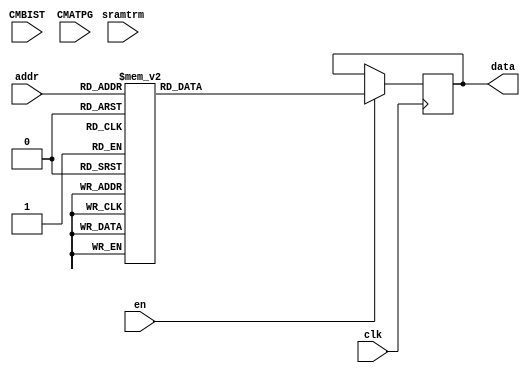

`resetall
`timescale 1ns / 1ps
`default_nettype none

module memory_AesZknPlugin_rom_storage_Rom_1rs #(
    parameter wordCount = 512,
    parameter wordWidth = 32,
    parameter technology = "auto", // not used
    parameter addrWidth = $clog2(wordCount)
)
(
    input  wire                             clk,
    input  wire                             en,
    input  wire [addrWidth - 1:0]           addr,
    output reg  [wordWidth - 1:0]           data,
    input  wire                             CMBIST, // dummy pins for test insertion
    input  wire                             CMATPG, // dummy pins for test insertion
    input  wire [2:0]                       sramtrm // dummy pins for SRAM trim
);

always @(posedge clk) begin
    if (en) begin
        case (addr)
            'd0: data <= 32'b01010010101001011100011001100011;
            'd1: data <= 32'b00001001100001001111100001111100;
            'd2: data <= 32'b01101010100110011110111001110111;
            'd3: data <= 32'b11010101100011011111011001111011;
            'd4: data <= 32'b00110000000011011111111111110010;
            'd5: data <= 32'b00110110101111011101011001101011;
            'd6: data <= 32'b10100101101100011101111001101111;
            'd7: data <= 32'b00111000010101001001000111000101;
            'd8: data <= 32'b10111111010100000110000000110000;
            'd9: data <= 32'b01000000000000110000001000000001;
            'd10: data <= 32'b10100011101010011100111001100111;
            'd11: data <= 32'b10011110011111010101011000101011;
            'd12: data <= 32'b10000001000110011110011111111110;
            'd13: data <= 32'b11110011011000101011010111010111;
            'd14: data <= 32'b11010111111001100100110110101011;
            'd15: data <= 32'b11111011100110101110110001110110;
            'd16: data <= 32'b01111100010001011000111111001010;
            'd17: data <= 32'b11100011100111010001111110000010;
            'd18: data <= 32'b00111001010000001000100111001001;
            'd19: data <= 32'b10000010100001111111101001111101;
            'd20: data <= 32'b10011011000101011110111111111010;
            'd21: data <= 32'b00101111111010111011001001011001;
            'd22: data <= 32'b11111111110010011000111001000111;
            'd23: data <= 32'b10000111000010111111101111110000;
            'd24: data <= 32'b00110100111011000100000110101101;
            'd25: data <= 32'b10001110011001111011001111010100;
            'd26: data <= 32'b01000011111111010101111110100010;
            'd27: data <= 32'b01000100111010100100010110101111;
            'd28: data <= 32'b11000100101111110010001110011100;
            'd29: data <= 32'b11011110111101110101001110100100;
            'd30: data <= 32'b11101001100101101110010001110010;
            'd31: data <= 32'b11001011010110111001101111000000;
            'd32: data <= 32'b01010100110000100111010110110111;
            'd33: data <= 32'b01111011000111001110000111111101;
            'd34: data <= 32'b10010100101011100011110110010011;
            'd35: data <= 32'b00110010011010100100110000100110;
            'd36: data <= 32'b10100110010110100110110000110110;
            'd37: data <= 32'b11000010010000010111111000111111;
            'd38: data <= 32'b00100011000000101111010111110111;
            'd39: data <= 32'b00111101010011111000001111001100;
            'd40: data <= 32'b11101110010111000110100000110100;
            'd41: data <= 32'b01001100111101000101000110100101;
            'd42: data <= 32'b10010101001101001101000111100101;
            'd43: data <= 32'b00001011000010001111100111110001;
            'd44: data <= 32'b01000010100100111110001001110001;
            'd45: data <= 32'b11111010011100111010101111011000;
            'd46: data <= 32'b11000011010100110110001000110001;
            'd47: data <= 32'b01001110001111110010101000010101;
            'd48: data <= 32'b00001000000011000000100000000100;
            'd49: data <= 32'b00101110010100101001010111000111;
            'd50: data <= 32'b10100001011001010100011000100011;
            'd51: data <= 32'b01100110010111101001110111000011;
            'd52: data <= 32'b00101000001010000011000000011000;
            'd53: data <= 32'b11011001101000010011011110010110;
            'd54: data <= 32'b00100100000011110000101000000101;
            'd55: data <= 32'b10110010101101010010111110011010;
            'd56: data <= 32'b01110110000010010000111000000111;
            'd57: data <= 32'b01011011001101100010010000010010;
            'd58: data <= 32'b10100010100110110001101110000000;
            'd59: data <= 32'b01001001001111011101111111100010;
            'd60: data <= 32'b01101101001001101100110111101011;
            'd61: data <= 32'b10001011011010010100111000100111;
            'd62: data <= 32'b11010001110011010111111110110010;
            'd63: data <= 32'b00100101100111111110101001110101;
            'd64: data <= 32'b01110010000110110001001000001001;
            'd65: data <= 32'b11111000100111100001110110000011;
            'd66: data <= 32'b11110110011101000101100000101100;
            'd67: data <= 32'b01100100001011100011010000011010;
            'd68: data <= 32'b10000110001011010011011000011011;
            'd69: data <= 32'b01101000101100101101110001101110;
            'd70: data <= 32'b10011000111011101011010001011010;
            'd71: data <= 32'b00010110111110110101101110100000;
            'd72: data <= 32'b11010100111101101010010001010010;
            'd73: data <= 32'b10100100010011010111011000111011;
            'd74: data <= 32'b01011100011000011011011111010110;
            'd75: data <= 32'b11001100110011100111110110110011;
            'd76: data <= 32'b01011101011110110101001000101001;
            'd77: data <= 32'b01100101001111101101110111100011;
            'd78: data <= 32'b10110110011100010101111000101111;
            'd79: data <= 32'b10010010100101110001001110000100;
            'd80: data <= 32'b01101100111101011010011001010011;
            'd81: data <= 32'b01110000011010001011100111010001;
            'd82: data <= 32'b01001000000000000000000000000000;
            'd83: data <= 32'b01010000001011001100000111101101;
            'd84: data <= 32'b11111101011000000100000000100000;
            'd85: data <= 32'b11101101000111111110001111111100;
            'd86: data <= 32'b10111001110010000111100110110001;
            'd87: data <= 32'b11011010111011011011011001011011;
            'd88: data <= 32'b01011110101111101101010001101010;
            'd89: data <= 32'b00010101010001101000110111001011;
            'd90: data <= 32'b01000110110110010110011110111110;
            'd91: data <= 32'b01010111010010110111001000111001;
            'd92: data <= 32'b10100111110111101001010001001010;
            'd93: data <= 32'b10001101110101001001100001001100;
            'd94: data <= 32'b10011101111010001011000001011000;
            'd95: data <= 32'b10000100010010101000010111001111;
            'd96: data <= 32'b10010000011010111011101111010000;
            'd97: data <= 32'b11011000001010101100010111101111;
            'd98: data <= 32'b10101011111001010100111110101010;
            'd99: data <= 32'b00000000000101101110110111111011;
            'd100: data <= 32'b10001100110001011000011001000011;
            'd101: data <= 32'b10111100110101111001101001001101;
            'd102: data <= 32'b11010011010101010110011000110011;
            'd103: data <= 32'b00001010100101000001000110000101;
            'd104: data <= 32'b11110111110011111000101001000101;
            'd105: data <= 32'b11100100000100001110100111111001;
            'd106: data <= 32'b01011000000001100000010000000010;
            'd107: data <= 32'b00000101100000011111111001111111;
            'd108: data <= 32'b10111000111100001010000001010000;
            'd109: data <= 32'b10110011010001000111100000111100;
            'd110: data <= 32'b01000101101110100010010110011111;
            'd111: data <= 32'b00000110111000110100101110101000;
            'd112: data <= 32'b11010000111100111010001001010001;
            'd113: data <= 32'b00101100111111100101110110100011;
            'd114: data <= 32'b00011110110000001000000001000000;
            'd115: data <= 32'b10001111100010100000010110001111;
            'd116: data <= 32'b11001010101011010011111110010010;
            'd117: data <= 32'b00111111101111000010000110011101;
            'd118: data <= 32'b00001111010010000111000000111000;
            'd119: data <= 32'b00000010000001001111000111110101;
            'd120: data <= 32'b11000001110111110110001110111100;
            'd121: data <= 32'b10101111110000010111011110110110;
            'd122: data <= 32'b10111101011101011010111111011010;
            'd123: data <= 32'b00000011011000110100001000100001;
            'd124: data <= 32'b00000001001100000010000000010000;
            'd125: data <= 32'b00010011000110101110010111111111;
            'd126: data <= 32'b10001010000011101111110111110011;
            'd127: data <= 32'b01101011011011011011111111010010;
            'd128: data <= 32'b00111010010011001000000111001101;
            'd129: data <= 32'b10010001000101000001100000001100;
            'd130: data <= 32'b00010001001101010010011000010011;
            'd131: data <= 32'b01000001001011111100001111101100;
            'd132: data <= 32'b01001111111000011011111001011111;
            'd133: data <= 32'b01100111101000100011010110010111;
            'd134: data <= 32'b11011100110011001000100001000100;
            'd135: data <= 32'b11101010001110010010111000010111;
            'd136: data <= 32'b10010111010101111001001111000100;
            'd137: data <= 32'b11110010111100100101010110100111;
            'd138: data <= 32'b11001111100000101111110001111110;
            'd139: data <= 32'b11001110010001110111101000111101;
            'd140: data <= 32'b11110000101011001100100001100100;
            'd141: data <= 32'b10110100111001111011101001011101;
            'd142: data <= 32'b11100110001010110011001000011001;
            'd143: data <= 32'b01110011100101011110011001110011;
            'd144: data <= 32'b10010110101000001100000001100000;
            'd145: data <= 32'b10101100100110000001100110000001;
            'd146: data <= 32'b01110100110100011001111001001111;
            'd147: data <= 32'b00100010011111111010001111011100;
            'd148: data <= 32'b11100111011001100100010000100010;
            'd149: data <= 32'b10101101011111100101010000101010;
            'd150: data <= 32'b00110101101010110011101110010000;
            'd151: data <= 32'b10000101100000110000101110001000;
            'd152: data <= 32'b11100010110010101000110001000110;
            'd153: data <= 32'b11111001001010011100011111101110;
            'd154: data <= 32'b00110111110100110110101110111000;
            'd155: data <= 32'b11101000001111000010100000010100;
            'd156: data <= 32'b00011100011110011010011111011110;
            'd157: data <= 32'b01110101111000101011110001011110;
            'd158: data <= 32'b11011111000111010001011000001011;
            'd159: data <= 32'b01101110011101101010110111011011;
            'd160: data <= 32'b01000111001110111101101111100000;
            'd161: data <= 32'b11110001010101100110010000110010;
            'd162: data <= 32'b00011010010011100111010000111010;
            'd163: data <= 32'b01110001000111100001010000001010;
            'd164: data <= 32'b00011101110110111001001001001001;
            'd165: data <= 32'b00101001000010100000110000000110;
            'd166: data <= 32'b11000101011011000100100000100100;
            'd167: data <= 32'b10001001111001001011100001011100;
            'd168: data <= 32'b01101111010111011001111111000010;
            'd169: data <= 32'b10110111011011101011110111010011;
            'd170: data <= 32'b01100010111011110100001110101100;
            'd171: data <= 32'b00001110101001101100010001100010;
            'd172: data <= 32'b10101010101010000011100110010001;
            'd173: data <= 32'b00011000101001000011000110010101;
            'd174: data <= 32'b10111110001101111101001111100100;
            'd175: data <= 32'b00011011100010111111001001111001;
            'd176: data <= 32'b11111100001100101101010111100111;
            'd177: data <= 32'b01010110010000111000101111001000;
            'd178: data <= 32'b00111110010110010110111000110111;
            'd179: data <= 32'b01001011101101111101101001101101;
            'd180: data <= 32'b11000110100011000000000110001101;
            'd181: data <= 32'b11010010011001001011000111010101;
            'd182: data <= 32'b01111001110100101001110001001110;
            'd183: data <= 32'b00100000111000000100100110101001;
            'd184: data <= 32'b10011010101101001101100001101100;
            'd185: data <= 32'b11011011111110101010110001010110;
            'd186: data <= 32'b11000000000001111111001111110100;
            'd187: data <= 32'b11111110001001011100111111101010;
            'd188: data <= 32'b01111000101011111100101001100101;
            'd189: data <= 32'b11001101100011101111010001111010;
            'd190: data <= 32'b01011010111010010100011110101110;
            'd191: data <= 32'b11110100000110000001000000001000;
            'd192: data <= 32'b00011111110101010110111110111010;
            'd193: data <= 32'b11011101100010001111000001111000;
            'd194: data <= 32'b10101000011011110100101000100101;
            'd195: data <= 32'b00110011011100100101110000101110;
            'd196: data <= 32'b10001000001001000011100000011100;
            'd197: data <= 32'b00000111111100010101011110100110;
            'd198: data <= 32'b11000111110001110111001110110100;
            'd199: data <= 32'b00110001010100011001011111000110;
            'd200: data <= 32'b10110001001000111100101111101000;
            'd201: data <= 32'b00010010011111001010000111011101;
            'd202: data <= 32'b00010000100111001110100001110100;
            'd203: data <= 32'b01011001001000010011111000011111;
            'd204: data <= 32'b00100111110111011001011001001011;
            'd205: data <= 32'b10000000110111000110000110111101;
            'd206: data <= 32'b11101100100001100000110110001011;
            'd207: data <= 32'b01011111100001010000111110001010;
            'd208: data <= 32'b01100000100100001110000001110000;
            'd209: data <= 32'b01010001010000100111110000111110;
            'd210: data <= 32'b01111111110001000111000110110101;
            'd211: data <= 32'b10101001101010101100110001100110;
            'd212: data <= 32'b00011001110110001001000001001000;
            'd213: data <= 32'b10110101000001010000011000000011;
            'd214: data <= 32'b01001010000000011111011111110110;
            'd215: data <= 32'b00001101000100100001110000001110;
            'd216: data <= 32'b00101101101000111100001001100001;
            'd217: data <= 32'b11100101010111110110101000110101;
            'd218: data <= 32'b01111010111110011010111001010111;
            'd219: data <= 32'b10011111110100000110100110111001;
            'd220: data <= 32'b10010011100100010001011110000110;
            'd221: data <= 32'b11001001010110001001100111000001;
            'd222: data <= 32'b10011100001001110011101000011101;
            'd223: data <= 32'b11101111101110010010011110011110;
            'd224: data <= 32'b10100000001110001101100111100001;
            'd225: data <= 32'b11100000000100111110101111111000;
            'd226: data <= 32'b00111011101100110010101110011000;
            'd227: data <= 32'b01001101001100110010001000010001;
            'd228: data <= 32'b10101110101110111101001001101001;
            'd229: data <= 32'b00101010011100001010100111011001;
            'd230: data <= 32'b11110101100010010000011110001110;
            'd231: data <= 32'b10110000101001110011001110010100;
            'd232: data <= 32'b11001000101101100010110110011011;
            'd233: data <= 32'b11101011001000100011110000011110;
            'd234: data <= 32'b10111011100100100001010110000111;
            'd235: data <= 32'b00111100001000001100100111101001;
            'd236: data <= 32'b10000011010010011000011111001110;
            'd237: data <= 32'b01010011111111111010101001010101;
            'd238: data <= 32'b10011001011110000101000000101000;
            'd239: data <= 32'b01100001011110101010010111011111;
            'd240: data <= 32'b00010111100011110000001110001100;
            'd241: data <= 32'b00101011111110000101100110100001;
            'd242: data <= 32'b00000100100000000000100110001001;
            'd243: data <= 32'b01111110000101110001101000001101;
            'd244: data <= 32'b10111010110110100110010110111111;
            'd245: data <= 32'b01110111001100011101011111100110;
            'd246: data <= 32'b11010110110001101000010001000010;
            'd247: data <= 32'b00100110101110001101000001101000;
            'd248: data <= 32'b11100001110000111000001001000001;
            'd249: data <= 32'b01101001101100000010100110011001;
            'd250: data <= 32'b00010100011101110101101000101101;
            'd251: data <= 32'b01100011000100010001111000001111;
            'd252: data <= 32'b01010101110010110111101110110000;
            'd253: data <= 32'b00100001111111001010100001010100;
            'd254: data <= 32'b00001100110101100110110110111011;
            'd255: data <= 32'b01111101001110100010110000010110;
            'd256: data <= 32'b01010000101001111111010001010001;
            'd257: data <= 32'b01010011011001010100000101111110;
            'd258: data <= 32'b11000011101001000001011100011010;
            'd259: data <= 32'b10010110010111100010011100111010;
            'd260: data <= 32'b11001011011010111010101100111011;
            'd261: data <= 32'b11110001010001011001110100011111;
            'd262: data <= 32'b10101011010110001111101010101100;
            'd263: data <= 32'b10010011000000111110001101001011;
            'd264: data <= 32'b01010101111110100011000000100000;
            'd265: data <= 32'b11110110011011010111011010101101;
            'd266: data <= 32'b10010001011101101100110010001000;
            'd267: data <= 32'b00100101010011000000001011110101;
            'd268: data <= 32'b11111100110101111110010101001111;
            'd269: data <= 32'b11010111110010110010101011000101;
            'd270: data <= 32'b10000000010001000011010100100110;
            'd271: data <= 32'b10001111101000110110001010110101;
            'd272: data <= 32'b01001001010110101011000111011110;
            'd273: data <= 32'b01100111000110111011101000100101;
            'd274: data <= 32'b10011000000011101110101001000101;
            'd275: data <= 32'b11100001110000001111111001011101;
            'd276: data <= 32'b00000010011101010010111111000011;
            'd277: data <= 32'b00010010111100000100110010000001;
            'd278: data <= 32'b10100011100101110100011010001101;
            'd279: data <= 32'b11000110111110011101001101101011;
            'd280: data <= 32'b11100111010111111000111100000011;
            'd281: data <= 32'b10010101100111001001001000010101;
            'd282: data <= 32'b11101011011110100110110110111111;
            'd283: data <= 32'b11011010010110010101001010010101;
            'd284: data <= 32'b00101101100000111011111011010100;
            'd285: data <= 32'b11010011001000010111010001011000;
            'd286: data <= 32'b00101001011010011110000001001001;
            'd287: data <= 32'b01000100110010001100100110001110;
            'd288: data <= 32'b01101010100010011100001001110101;
            'd289: data <= 32'b01111000011110011000111011110100;
            'd290: data <= 32'b01101011001111100101100010011001;
            'd291: data <= 32'b11011101011100011011100100100111;
            'd292: data <= 32'b10110110010011111110000110111110;
            'd293: data <= 32'b00010111101011011000100011110000;
            'd294: data <= 32'b01100110101011000010000011001001;
            'd295: data <= 32'b10110100001110101100111001111101;
            'd296: data <= 32'b00011000010010101101111101100011;
            'd297: data <= 32'b10000010001100010001101011100101;
            'd298: data <= 32'b01100000001100110101000110010111;
            'd299: data <= 32'b01000101011111110101001101100010;
            'd300: data <= 32'b11100000011101110110010010110001;
            'd301: data <= 32'b10000100101011100110101110111011;
            'd302: data <= 32'b00011100101000001000000111111110;
            'd303: data <= 32'b10010100001010110000100011111001;
            'd304: data <= 32'b01011000011010000100100001110000;
            'd305: data <= 32'b00011001111111010100010110001111;
            'd306: data <= 32'b10000111011011001101111010010100;
            'd307: data <= 32'b10110111111110000111101101010010;
            'd308: data <= 32'b00100011110100110111001110101011;
            'd309: data <= 32'b11100010000000100100101101110010;
            'd310: data <= 32'b01010111100011110001111111100011;
            'd311: data <= 32'b00101010101010110101010101100110;
            'd312: data <= 32'b00000111001010001110101110110010;
            'd313: data <= 32'b00000011110000101011010100101111;
            'd314: data <= 32'b10011010011110111100010110000110;
            'd315: data <= 32'b10100101000010000011011111010011;
            'd316: data <= 32'b11110010100001110010100000110000;
            'd317: data <= 32'b10110010101001011011111100100011;
            'd318: data <= 32'b10111010011010100000001100000010;
            'd319: data <= 32'b01011100100000100001011011101101;
            'd320: data <= 32'b00101011000111001100111110001010;
            'd321: data <= 32'b10010010101101000111100110100111;
            'd322: data <= 32'b11110000111100100000011111110011;
            'd323: data <= 32'b10100001111000100110100101001110;
            'd324: data <= 32'b11001101111101001101101001100101;
            'd325: data <= 32'b11010101101111100000010100000110;
            'd326: data <= 32'b00011111011000100011010011010001;
            'd327: data <= 32'b10001010111111101010011011000100;
            'd328: data <= 32'b10011101010100110010111000110100;
            'd329: data <= 32'b10100000010101011111001110100010;
            'd330: data <= 32'b00110010111000011000101000000101;
            'd331: data <= 32'b01110101111010111111011010100100;
            'd332: data <= 32'b00111001111011001000001100001011;
            'd333: data <= 32'b10101010111011110110000001000000;
            'd334: data <= 32'b00000110100111110111000101011110;
            'd335: data <= 32'b01010001000100000110111010111101;
            'd336: data <= 32'b11111001100010100010000100111110;
            'd337: data <= 32'b00111101000001101101110110010110;
            'd338: data <= 32'b10101110000001010011111011011101;
            'd339: data <= 32'b01000110101111011110011001001101;
            'd340: data <= 32'b10110101100011010101010010010001;
            'd341: data <= 32'b00000101010111011100010001110001;
            'd342: data <= 32'b01101111110101000000011000000100;
            'd343: data <= 32'b11111111000101010101000001100000;
            'd344: data <= 32'b00100100111110111001100000011001;
            'd345: data <= 32'b10010111111010011011110111010110;
            'd346: data <= 32'b11001100010000110100000010001001;
            'd347: data <= 32'b01110111100111101101100101100111;
            'd348: data <= 32'b10111101010000101110100010110000;
            'd349: data <= 32'b10001000100010111000100100000111;
            'd350: data <= 32'b00111000010110110001100111100111;
            'd351: data <= 32'b11011011111011101100100001111001;
            'd352: data <= 32'b01000111000010100111110010100001;
            'd353: data <= 32'b11101001000011110100001001111100;
            'd354: data <= 32'b11001001000111101000010011111000;
            'd355: data <= 32'b00000000000000000000000000000000;
            'd356: data <= 32'b10000011100001101000000000001001;
            'd357: data <= 32'b01001000111011010010101100110010;
            'd358: data <= 32'b10101100011100000001000100011110;
            'd359: data <= 32'b01001110011100100101101001101100;
            'd360: data <= 32'b11111011111111110000111011111101;
            'd361: data <= 32'b01010110001110001000010100001111;
            'd362: data <= 32'b00011110110101011010111000111101;
            'd363: data <= 32'b00100111001110010010110100110110;
            'd364: data <= 32'b01100100110110010000111100001010;
            'd365: data <= 32'b00100001101001100101110001101000;
            'd366: data <= 32'b11010001010101000101101110011011;
            'd367: data <= 32'b00111010001011100011011000100100;
            'd368: data <= 32'b10110001011001110000101000001100;
            'd369: data <= 32'b00001111111001110101011110010011;
            'd370: data <= 32'b11010010100101101110111010110100;
            'd371: data <= 32'b10011110100100011001101100011011;
            'd372: data <= 32'b01001111110001011100000010000000;
            'd373: data <= 32'b10100010001000001101110001100001;
            'd374: data <= 32'b01101001010010110111011101011010;
            'd375: data <= 32'b00010110000110100001001000011100;
            'd376: data <= 32'b00001010101110101001001111100010;
            'd377: data <= 32'b11100101001010101010000011000000;
            'd378: data <= 32'b01000011111000000010001000111100;
            'd379: data <= 32'b00011101000101110001101100010010;
            'd380: data <= 32'b00001011000011010000100100001110;
            'd381: data <= 32'b10101101110001111000101111110010;
            'd382: data <= 32'b10111001101010001011011000101101;
            'd383: data <= 32'b11001000101010010001111000010100;
            'd384: data <= 32'b10000101000110011111000101010111;
            'd385: data <= 32'b01001100000001110111010110101111;
            'd386: data <= 32'b10111011110111011001100111101110;
            'd387: data <= 32'b11111101011000000111111110100011;
            'd388: data <= 32'b10011111001001100000000111110111;
            'd389: data <= 32'b10111100111101010111001001011100;
            'd390: data <= 32'b11000101001110110110011001000100;
            'd391: data <= 32'b00110100011111101111101101011011;
            'd392: data <= 32'b01110110001010010100001110001011;
            'd393: data <= 32'b11011100110001100010001111001011;
            'd394: data <= 32'b01101000111111001110110110110110;
            'd395: data <= 32'b01100011111100011110010010111000;
            'd396: data <= 32'b11001010110111000011000111010111;
            'd397: data <= 32'b00010000100001010110001101000010;
            'd398: data <= 32'b01000000001000101001011100010011;
            'd399: data <= 32'b00100000000100011100011010000100;
            'd400: data <= 32'b01111101001001000100101010000101;
            'd401: data <= 32'b11111000001111011011101111010010;
            'd402: data <= 32'b00010001001100101111100110101110;
            'd403: data <= 32'b01101101101000010010100111000111;
            'd404: data <= 32'b01001011001011111001111000011101;
            'd405: data <= 32'b11110011001100001011001011011100;
            'd406: data <= 32'b11101100010100101000011000001101;
            'd407: data <= 32'b11010000111000111100000101110111;
            'd408: data <= 32'b01101100000101101011001100101011;
            'd409: data <= 32'b10011001101110010111000010101001;
            'd410: data <= 32'b11111010010010001001010000010001;
            'd411: data <= 32'b00100010011001001110100101000111;
            'd412: data <= 32'b11000100100011001111110010101000;
            'd413: data <= 32'b00011010001111111111000010100000;
            'd414: data <= 32'b11011000001011000111110101010110;
            'd415: data <= 32'b11101111100100000011001100100010;
            'd416: data <= 32'b11000111010011100100100110000111;
            'd417: data <= 32'b11000001110100010011100011011001;
            'd418: data <= 32'b11111110101000101100101010001100;
            'd419: data <= 32'b00110110000010111101010010011000;
            'd420: data <= 32'b11001111100000011111010110100110;
            'd421: data <= 32'b00101000110111100111101010100101;
            'd422: data <= 32'b00100110100011101011011111011010;
            'd423: data <= 32'b10100100101111111010110100111111;
            'd424: data <= 32'b11100100100111010011101000101100;
            'd425: data <= 32'b00001101100100100111100001010000;
            'd426: data <= 32'b10011011110011000101111101101010;
            'd427: data <= 32'b01100010010001100111111001010100;
            'd428: data <= 32'b11000010000100111000110111110110;
            'd429: data <= 32'b11101000101110001101100010010000;
            'd430: data <= 32'b01011110111101110011100100101110;
            'd431: data <= 32'b11110101101011111100001110000010;
            'd432: data <= 32'b10111110100000000101110110011111;
            'd433: data <= 32'b01111100100100111101000001101001;
            'd434: data <= 32'b10101001001011011101010101101111;
            'd435: data <= 32'b10110011000100100010010111001111;
            'd436: data <= 32'b00111011100110011010110011001000;
            'd437: data <= 32'b10100111011111010001100000010000;
            'd438: data <= 32'b01101110011000111001110011101000;
            'd439: data <= 32'b01111011101110110011101111011011;
            'd440: data <= 32'b00001001011110000010011011001101;
            'd441: data <= 32'b11110100000110000101100101101110;
            'd442: data <= 32'b00000001101101111001101011101100;
            'd443: data <= 32'b10101000100110100100111110000011;
            'd444: data <= 32'b01100101011011101001010111100110;
            'd445: data <= 32'b01111110111001101111111110101010;
            'd446: data <= 32'b00001000110011111011110000100001;
            'd447: data <= 32'b11100110111010000001010111101111;
            'd448: data <= 32'b11011001100110111110011110111010;
            'd449: data <= 32'b11001110001101100110111101001010;
            'd450: data <= 32'b11010100000010011001111111101010;
            'd451: data <= 32'b11010110011111001011000000101001;
            'd452: data <= 32'b10101111101100101010010000110001;
            'd453: data <= 32'b00110001001000110011111100101010;
            'd454: data <= 32'b00110000100101001010010111000110;
            'd455: data <= 32'b11000000011001101010001000110101;
            'd456: data <= 32'b00110111101111000100111001110100;
            'd457: data <= 32'b10100110110010101000001011111100;
            'd458: data <= 32'b10110000110100001001000011100000;
            'd459: data <= 32'b00010101110110001010011100110011;
            'd460: data <= 32'b01001010100110000000010011110001;
            'd461: data <= 32'b11110111110110101110110001000001;
            'd462: data <= 32'b00001110010100001100110101111111;
            'd463: data <= 32'b00101111111101101001000100010111;
            'd464: data <= 32'b10001101110101100100110101110110;
            'd465: data <= 32'b01001101101100001110111101000011;
            'd466: data <= 32'b01010100010011011010101011001100;
            'd467: data <= 32'b11011111000001001001011011100100;
            'd468: data <= 32'b11100011101101011101000110011110;
            'd469: data <= 32'b00011011100010000110101001001100;
            'd470: data <= 32'b10111000000111110010110011000001;
            'd471: data <= 32'b01111111010100010110010101000110;
            'd472: data <= 32'b00000100111010100101111010011101;
            'd473: data <= 32'b01011101001101011000110000000001;
            'd474: data <= 32'b01110011011101001000011111111010;
            'd475: data <= 32'b00101110010000010000101111111011;
            'd476: data <= 32'b01011010000111010110011110110011;
            'd477: data <= 32'b01010010110100101101101110010010;
            'd478: data <= 32'b00110011010101100001000011101001;
            'd479: data <= 32'b00010011010001111101011001101101;
            'd480: data <= 32'b10001100011000011101011110011010;
            'd481: data <= 32'b01111010000011001010000100110111;
            'd482: data <= 32'b10001110000101001111100001011001;
            'd483: data <= 32'b10001001001111000001001111101011;
            'd484: data <= 32'b11101110001001111010100111001110;
            'd485: data <= 32'b00110101110010010110000110110111;
            'd486: data <= 32'b11101101111001010001110011100001;
            'd487: data <= 32'b00111100101100010100011101111010;
            'd488: data <= 32'b01011001110111111101001010011100;
            'd489: data <= 32'b00111111011100111111001001010101;
            'd490: data <= 32'b01111001110011100001010000011000;
            'd491: data <= 32'b10111111001101111100011101110011;
            'd492: data <= 32'b11101010110011011111011101010011;
            'd493: data <= 32'b01011011101010101111110101011111;
            'd494: data <= 32'b00010100011011110011110111011111;
            'd495: data <= 32'b10000110110110110100010001111000;
            'd496: data <= 32'b10000001111100111010111111001010;
            'd497: data <= 32'b00111110110001000110100010111001;
            'd498: data <= 32'b00101100001101000010010000111000;
            'd499: data <= 32'b01011111010000001010001111000010;
            'd500: data <= 32'b01110010110000110001110100010110;
            'd501: data <= 32'b00001100001001011110001010111100;
            'd502: data <= 32'b10001011010010010011110000101000;
            'd503: data <= 32'b01000001100101010000110111111111;
            'd504: data <= 32'b01110001000000011010100000111001;
            'd505: data <= 32'b11011110101100110000110000001000;
            'd506: data <= 32'b10011100111001001011010011011000;
            'd507: data <= 32'b10010000110000010101011001100100;
            'd508: data <= 32'b01100001100001001100101101111011;
            'd509: data <= 32'b01110000101101100011001011010101;
            'd510: data <= 32'b01110100010111000110110001001000;
            'd511: data <= 32'b01000010010101111011100011010000;


            default: data <= 32'h0;
        endcase
    end else begin
        data <= data;
    end
end

endmodule
`resetall